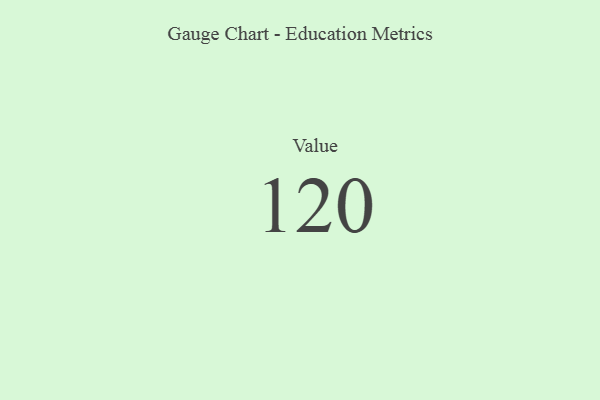
{"axis": {"x": "Metric", "y": "Value"}, "legend": [""], "data": [{"x": "Value", "y": 120, "type": ""}]}